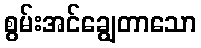
စွမ်းအင်ချွေတာသော